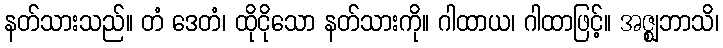
နတ်သားသည်။ တံ ဒေတံ၊ ထိုငိုသော နတ်သားကို။ ဂါထာယ၊ ဂါထာဖြင့်။ အဇ္ဈဘာသိ၊